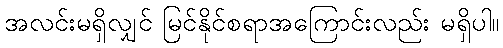
အလင်းမရှိလျှင် မြင်နိုင်စရာအကြောင်းလည်း မရှိပါ။